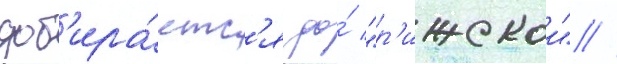
доб'ира́етс'я до́ "р'ижскои" //